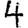
Digit: 4